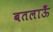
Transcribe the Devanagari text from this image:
बतलाऊँ